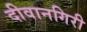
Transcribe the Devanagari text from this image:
दीवानगिरी